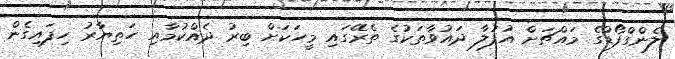
ލެންގްފޯޑްގެ މައްޗަށް އުފުލާ ދައުވާތަކުގެ ތެރޭގައި މީހަކަށް ބިރު ދެއްކުމާއި ހަތިޔާރު ހިފައިގެން